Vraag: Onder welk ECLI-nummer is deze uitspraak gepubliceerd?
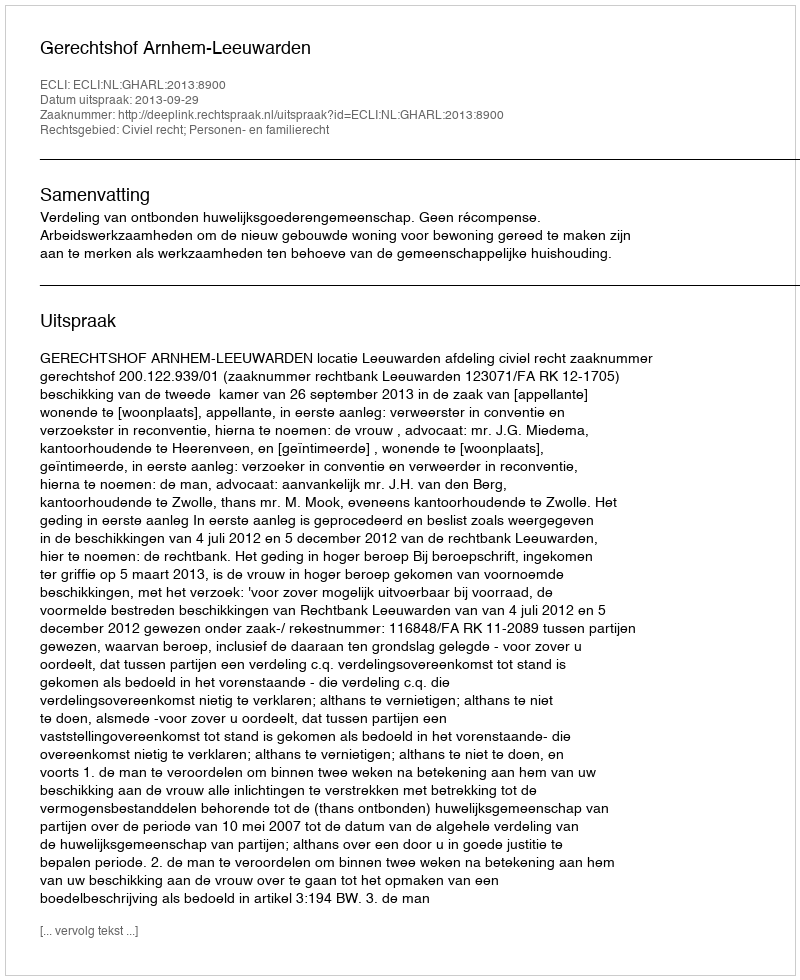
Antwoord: ECLI:NL:GHARL:2013:8900